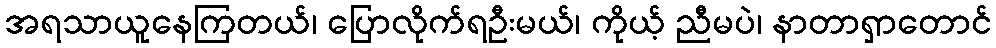
အရသာယူနေကြတယ်၊ ပြောလိုက်ရဦးမယ်၊ ကိုယ့် ညီမပဲ၊ နာတာရှာတောင်